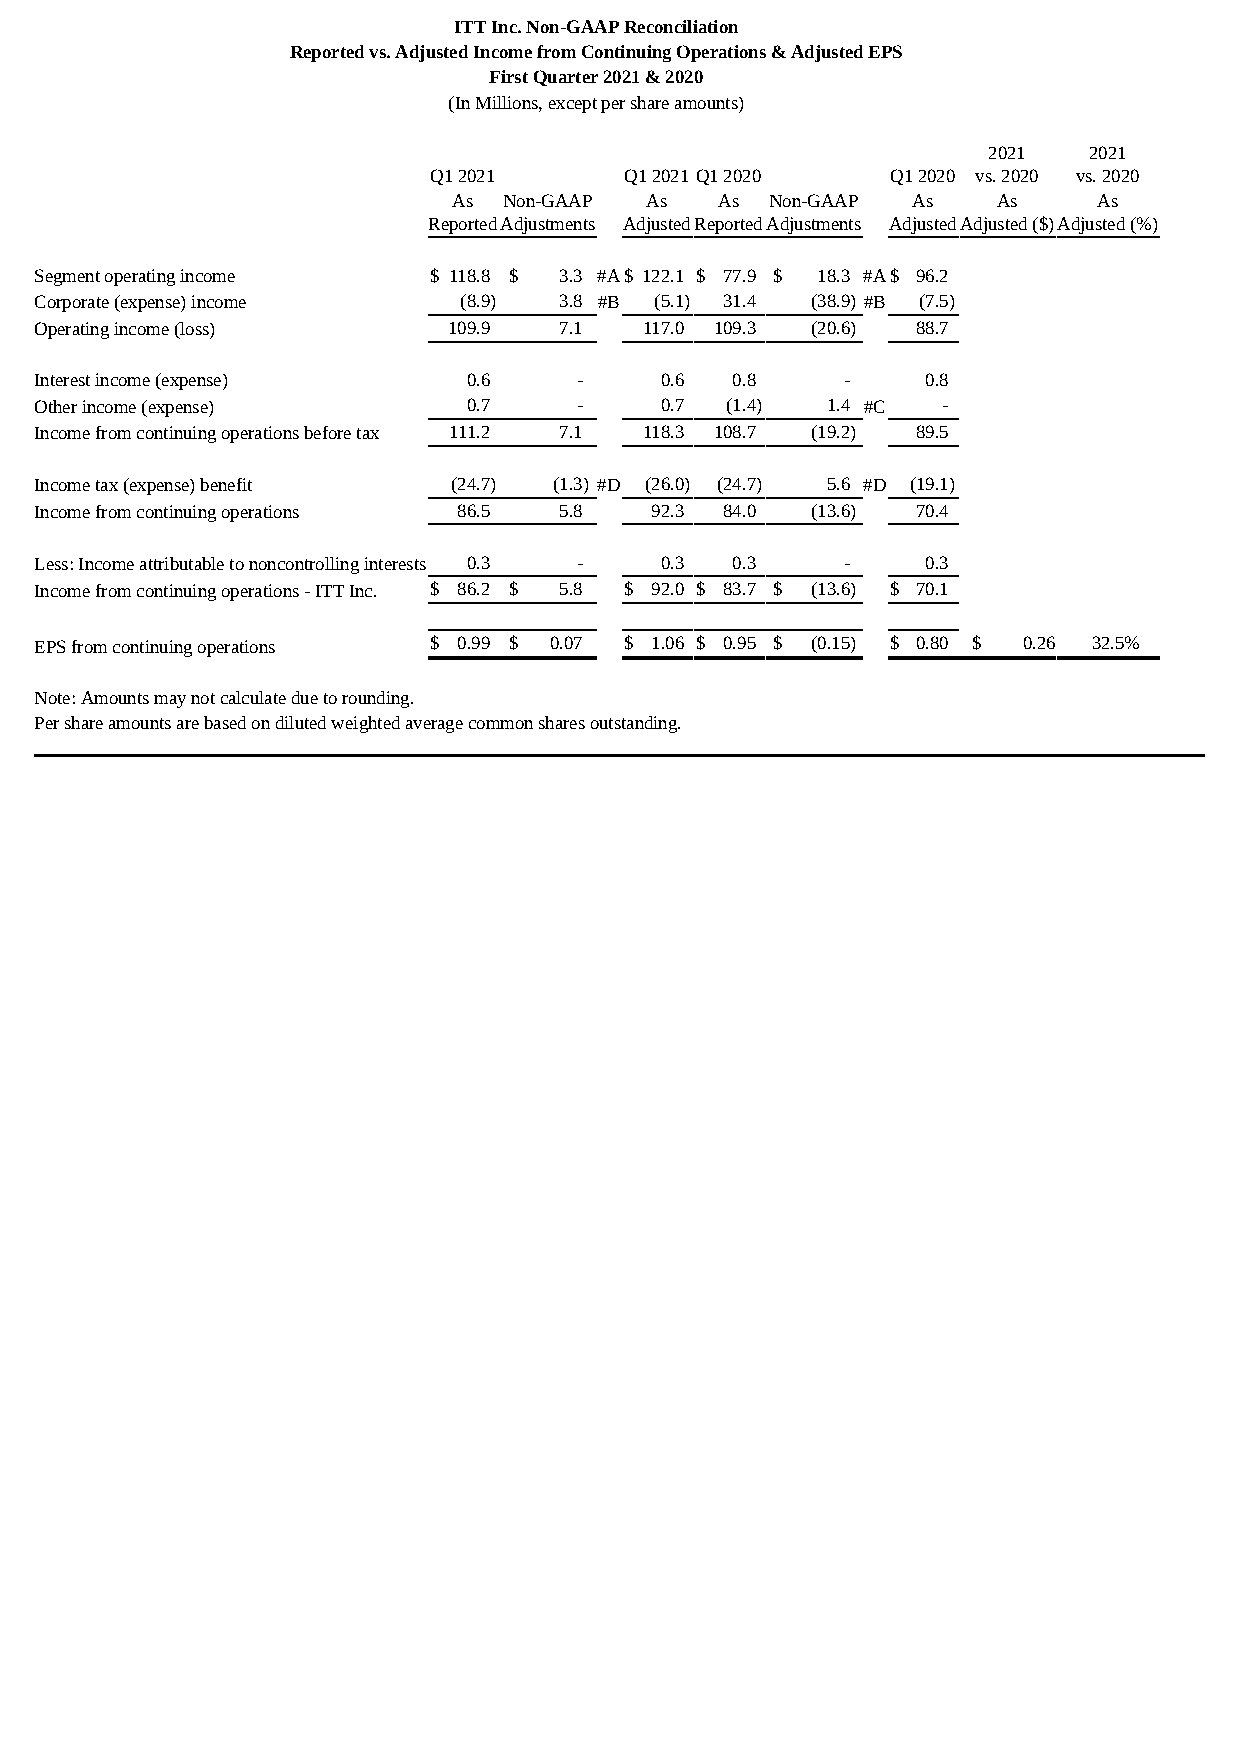
ITT Inc. Non-GAAP Reconciliation
 Reported vs. Adjusted Income from Continuing Operations & Adjusted EPS
 First Quarter 2021 & 2020
 (In Millions, except per share amounts)
 2021   2021
 Q1 2021      Q1 2021 Q1 2020   Q1 2020 vs. 2020 vs. 2020
 As Non-GAAP  As   As Non-GAAP As    As     As
 ReportedAdjustments AdjustedReportedAdjustments AdjustedAdjusted ($)Adjusted (%)
 Segment operating income  $ 118.8 $ 3.3 #A$ 122.1 $ 77.9 $ 18.3 #A$ 96.2
 Corporate (expense) income  (8.9)  3.8 #B (5.1) 31.4 (38.9) #B (7.5)
 Operating income (loss)     109.9  7.1   117.0 109.3 (20.6) 88.7
 Interest income (expense)    0.6    -     0.6 0.8     -    0.8
 Other income (expense)       0.7    -     0.7 (1.4)  1.4 #C -
 Income from continuing operations before tax 111.2 7.1 118.3 108.7 (19.2) 89.5
 Income tax (expense) benefit (24.7) (1.3) #D (26.0) (24.7) 5.6 #D (19.1)
 Income from continuing operations 86.5 5.8 92.3 84.0 (13.6) 70.4
 Less: Income attributable to noncontrolling interests 0.3 - 0.3 0.3 - 0.3
 Income from continuing operations - ITT Inc. $ 86.2 $ 5.8 $ 92.0 $ 83.7 $ (13.6) $ 70.1
 EPS from continuing operations $ 0.99 $ 0.07 $ 1.06 $ 0.95 $ (0.15) $ 0.80 $ 0.26 32.5%
 Note: Amounts may not calculate due to rounding.
 Per share amounts are based on diluted weighted average common shares outstanding.